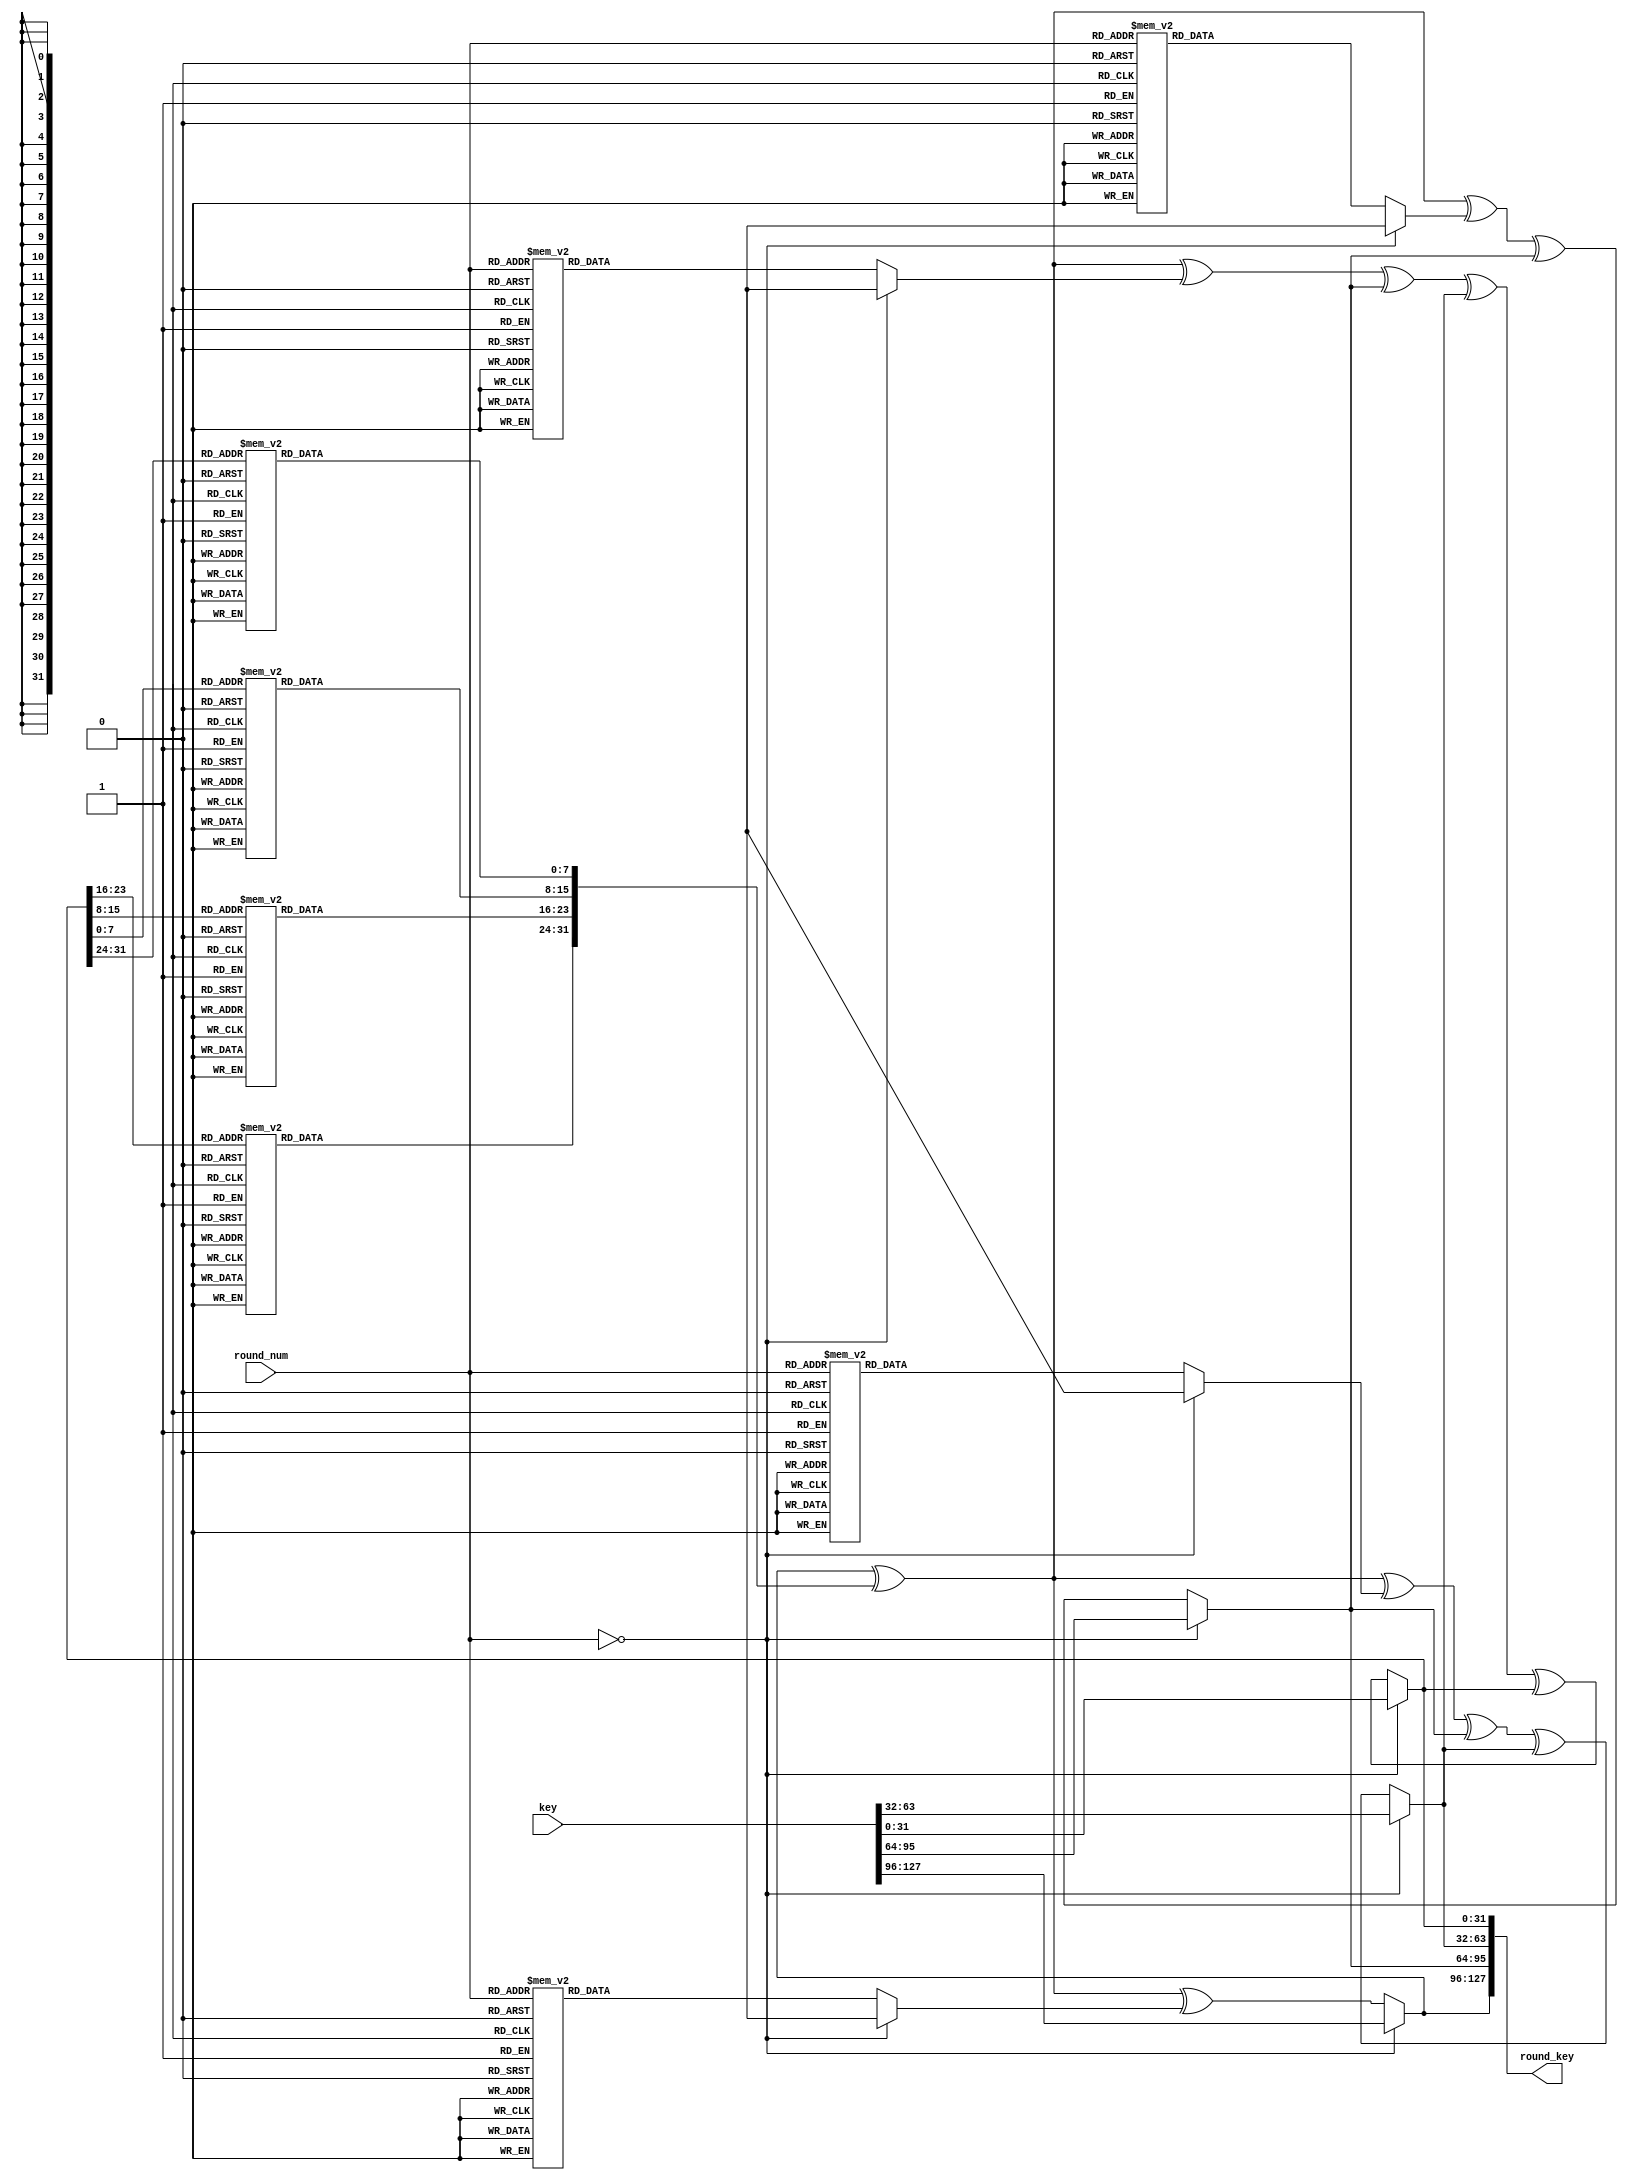
//  INFO.: Undergraduate ECE student, Alexandria university, Egypt.
//  AUTHOR'S EMAIL: majiidd17@icloud.com
//  TYPE: module.
//  KEYWORDS: Key Expansion, AES.
//  PURPOSE: An RTL modelling for a Key Expansion unit used in the AES logic implementation.

module KeyExpansion 
//-----------------Ports-----------------\\\\
(
    input  wire [3:0]   round_num,
    input  wire [0:127] key,

    output reg  [0:127] round_key
);

//-----------------Control signals-----------------\\\\
wire [0:31]  first_col;
wire [0:31]  second_col;
wire [0:31]  third_col;
wire [0:31]  fourth_col;
wire [0:31]  word;
reg  [0:7]   sbox [0:255];

//-----------------Rcon encoded states-----------------\\\\
localparam ROUND1  = 4'd1,
           ROUND2  = 4'd2,
           ROUND3  = 4'd3,
           ROUND4  = 4'd4,
           ROUND5  = 4'd5,
           ROUND6  = 4'd6,
           ROUND7  = 4'd7,
           ROUND8  = 4'd8,
           ROUND9  = 4'd9,
           ROUND10 = 4'd10;

//-----------------Next key logic-----------------\\\\
always @(round_num) 
begin
    if(round_num == 4'd0)
    begin
        round_key = key;
    end
    else 
    begin
        round_key[0:31]   = first_col ^ word ^ rcon(round_num);
        round_key[32:63]  = first_col ^ word ^ rcon(round_num) ^ second_col;
        round_key[64:95]  = first_col ^ word ^ rcon(round_num) ^ second_col ^ third_col;
        round_key[96:127] = first_col ^ word ^ rcon(round_num) ^ second_col ^ third_col ^ fourth_col;
    end
end

//-----------------setting the coloumns-----------------\\\\
assign first_col  = round_key[0:31];
assign second_col = round_key[32:63];
assign third_col  = round_key[64:95];
assign fourth_col = round_key[96:127];

//-----------------SubBytes and Shift operation on the last coloumn-----------------\\\\
assign word       = key_sbox(fourth_col);

//-----------------Function for the Rcon-----------------\\\\
function  [0:31] rcon;
    input [3:0] round_num;
    begin
    case (round_num)
        ROUND1  : rcon = 32'h01_00_00_00;
        ROUND2  : rcon = 32'h02_00_00_00;
        ROUND3  : rcon = 32'h04_00_00_00;
        ROUND4  : rcon = 32'h08_00_00_00;
        ROUND5  : rcon = 32'h10_00_00_00;
        ROUND6  : rcon = 32'h20_00_00_00;
        ROUND7  : rcon = 32'h40_00_00_00;
        ROUND8  : rcon = 32'h80_00_00_00;
        ROUND9  : rcon = 32'h1B_00_00_00;
        ROUND10 : rcon = 32'h36_00_00_00;
        default : rcon = 32'h00_00_00_00;
    endcase
    end
endfunction

//-----------------Function for the sbox-----------------\\\\
function  [0:31] key_sbox;
    input [0:31] fourth_col;
    begin
        sbox[8'h00] = 8'h63;
        sbox[8'h01] = 8'h7c;
        sbox[8'h02] = 8'h77;
        sbox[8'h03] = 8'h7b;
        sbox[8'h04] = 8'hf2;
        sbox[8'h05] = 8'h6b;
        sbox[8'h06] = 8'h6f;
        sbox[8'h07] = 8'hc5;
        sbox[8'h08] = 8'h30;
        sbox[8'h09] = 8'h01;
        sbox[8'h0a] = 8'h67;
        sbox[8'h0b] = 8'h2b;
        sbox[8'h0c] = 8'hfe;
        sbox[8'h0d] = 8'hd7;
        sbox[8'h0e] = 8'hab;
        sbox[8'h0f] = 8'h76;
        sbox[8'h10] = 8'hca;
        sbox[8'h11] = 8'h82;
        sbox[8'h12] = 8'hc9;
        sbox[8'h13] = 8'h7d;
        sbox[8'h14] = 8'hfa;
        sbox[8'h15] = 8'h59;
        sbox[8'h16] = 8'h47;
        sbox[8'h17] = 8'hf0;
        sbox[8'h18] = 8'had;
        sbox[8'h19] = 8'hd4;
        sbox[8'h1a] = 8'ha2;
        sbox[8'h1b] = 8'haf;
        sbox[8'h1c] = 8'h9c;
        sbox[8'h1d] = 8'ha4;
        sbox[8'h1e] = 8'h72;
        sbox[8'h1f] = 8'hc0;
        sbox[8'h20] = 8'hb7;
        sbox[8'h21] = 8'hfd;
        sbox[8'h22] = 8'h93;
        sbox[8'h23] = 8'h26;
        sbox[8'h24] = 8'h36;
        sbox[8'h25] = 8'h3f;
        sbox[8'h26] = 8'hf7;
        sbox[8'h27] = 8'hcc;
        sbox[8'h28] = 8'h34;
        sbox[8'h29] = 8'ha5;
        sbox[8'h2a] = 8'he5;
        sbox[8'h2b] = 8'hf1;
        sbox[8'h2c] = 8'h71;
        sbox[8'h2d] = 8'hd8;
        sbox[8'h2e] = 8'h31;
        sbox[8'h2f] = 8'h15;
        sbox[8'h30] = 8'h04;
        sbox[8'h31] = 8'hc7;
        sbox[8'h32] = 8'h23;
        sbox[8'h33] = 8'hc3;
        sbox[8'h34] = 8'h18;
        sbox[8'h35] = 8'h96;
        sbox[8'h36] = 8'h05;
        sbox[8'h37] = 8'h9a;
        sbox[8'h38] = 8'h07;
        sbox[8'h39] = 8'h12;
        sbox[8'h3a] = 8'h80;
        sbox[8'h3b] = 8'he2;
        sbox[8'h3c] = 8'heb;
        sbox[8'h3d] = 8'h27;
        sbox[8'h3e] = 8'hb2;
        sbox[8'h3f] = 8'h75;
        sbox[8'h40] = 8'h09;
        sbox[8'h41] = 8'h83;
        sbox[8'h42] = 8'h2c;
        sbox[8'h43] = 8'h1a;
        sbox[8'h44] = 8'h1b;
        sbox[8'h45] = 8'h6e;
        sbox[8'h46] = 8'h5a;
        sbox[8'h47] = 8'ha0;
        sbox[8'h48] = 8'h52;
        sbox[8'h49] = 8'h3b;
        sbox[8'h4a] = 8'hd6;
        sbox[8'h4b] = 8'hb3;
        sbox[8'h4c] = 8'h29;
        sbox[8'h4d] = 8'he3;
        sbox[8'h4e] = 8'h2f;
        sbox[8'h4f] = 8'h84;
        sbox[8'h50] = 8'h53;
        sbox[8'h51] = 8'hd1;
        sbox[8'h52] = 8'h00;
        sbox[8'h53] = 8'hed;
        sbox[8'h54] = 8'h20;
        sbox[8'h55] = 8'hfc;
        sbox[8'h56] = 8'hb1;
        sbox[8'h57] = 8'h5b;
        sbox[8'h58] = 8'h6a;
        sbox[8'h59] = 8'hcb;
        sbox[8'h5a] = 8'hbe;
        sbox[8'h5b] = 8'h39;
        sbox[8'h5c] = 8'h4a;
        sbox[8'h5d] = 8'h4c;
        sbox[8'h5e] = 8'h58;
        sbox[8'h5f] = 8'hcf;
        sbox[8'h60] = 8'hd0;
        sbox[8'h61] = 8'hef;
        sbox[8'h62] = 8'haa;
        sbox[8'h63] = 8'hfb;
        sbox[8'h64] = 8'h43;
        sbox[8'h65] = 8'h4d;
        sbox[8'h66] = 8'h33;
        sbox[8'h67] = 8'h85;
        sbox[8'h68] = 8'h45;
        sbox[8'h69] = 8'hf9;
        sbox[8'h6a] = 8'h02;
        sbox[8'h6b] = 8'h7f;
        sbox[8'h6c] = 8'h50;
        sbox[8'h6d] = 8'h3c;
        sbox[8'h6e] = 8'h9f;
        sbox[8'h6f] = 8'ha8;
        sbox[8'h70] = 8'h51;
        sbox[8'h71] = 8'ha3;
        sbox[8'h72] = 8'h40;
        sbox[8'h73] = 8'h8f;
        sbox[8'h74] = 8'h92;
        sbox[8'h75] = 8'h9d;
        sbox[8'h76] = 8'h38;
        sbox[8'h77] = 8'hf5;
        sbox[8'h78] = 8'hbc;
        sbox[8'h79] = 8'hb6;
        sbox[8'h7a] = 8'hda;
        sbox[8'h7b] = 8'h21;
        sbox[8'h7c] = 8'h10;
        sbox[8'h7d] = 8'hff;
        sbox[8'h7e] = 8'hf3;
        sbox[8'h7f] = 8'hd2;
        sbox[8'h80] = 8'hcd;
        sbox[8'h81] = 8'h0c;
        sbox[8'h82] = 8'h13;
        sbox[8'h83] = 8'hec;
        sbox[8'h84] = 8'h5f;
        sbox[8'h85] = 8'h97;
        sbox[8'h86] = 8'h44;
        sbox[8'h87] = 8'h17;
        sbox[8'h88] = 8'hc4;
        sbox[8'h89] = 8'ha7;
        sbox[8'h8a] = 8'h7e;
        sbox[8'h8b] = 8'h3d;
        sbox[8'h8c] = 8'h64;
        sbox[8'h8d] = 8'h5d;
        sbox[8'h8e] = 8'h19;
        sbox[8'h8f] = 8'h73;
        sbox[8'h90] = 8'h60;
        sbox[8'h91] = 8'h81;
        sbox[8'h92] = 8'h4f;
        sbox[8'h93] = 8'hdc;
        sbox[8'h94] = 8'h22;
        sbox[8'h95] = 8'h2a;
        sbox[8'h96] = 8'h90;
        sbox[8'h97] = 8'h88;
        sbox[8'h98] = 8'h46;
        sbox[8'h99] = 8'hee;
        sbox[8'h9a] = 8'hb8;
        sbox[8'h9b] = 8'h14;
        sbox[8'h9c] = 8'hde;
        sbox[8'h9d] = 8'h5e;
        sbox[8'h9e] = 8'h0b;
        sbox[8'h9f] = 8'hdb;
        sbox[8'ha0] = 8'he0;
        sbox[8'ha1] = 8'h32;
        sbox[8'ha2] = 8'h3a;
        sbox[8'ha3] = 8'h0a;
        sbox[8'ha4] = 8'h49;
        sbox[8'ha5] = 8'h06;
        sbox[8'ha6] = 8'h24;
        sbox[8'ha7] = 8'h5c;
        sbox[8'ha8] = 8'hc2;
        sbox[8'ha9] = 8'hd3;
        sbox[8'haa] = 8'hac;
        sbox[8'hab] = 8'h62;
        sbox[8'hac] = 8'h91;
        sbox[8'had] = 8'h95;
        sbox[8'hae] = 8'he4;
        sbox[8'haf] = 8'h79;
        sbox[8'hb0] = 8'he7;
        sbox[8'hb1] = 8'hc8;
        sbox[8'hb2] = 8'h37;
        sbox[8'hb3] = 8'h6d;
        sbox[8'hb4] = 8'h8d;
        sbox[8'hb5] = 8'hd5;
        sbox[8'hb6] = 8'h4e;
        sbox[8'hb7] = 8'ha9;
        sbox[8'hb8] = 8'h6c;
        sbox[8'hb9] = 8'h56;
        sbox[8'hba] = 8'hf4;
        sbox[8'hbb] = 8'hea;
        sbox[8'hbc] = 8'h65;
        sbox[8'hbd] = 8'h7a;
        sbox[8'hbe] = 8'hae;
        sbox[8'hbf] = 8'h08;
        sbox[8'hc0] = 8'hba;
        sbox[8'hc1] = 8'h78;
        sbox[8'hc2] = 8'h25;
        sbox[8'hc3] = 8'h2e;
        sbox[8'hc4] = 8'h1c;
        sbox[8'hc5] = 8'ha6;
        sbox[8'hc6] = 8'hb4;
        sbox[8'hc7] = 8'hc6;
        sbox[8'hc8] = 8'he8;
        sbox[8'hc9] = 8'hdd;
        sbox[8'hca] = 8'h74;
        sbox[8'hcb] = 8'h1f;
        sbox[8'hcc] = 8'h4b;
        sbox[8'hcd] = 8'hbd;
        sbox[8'hce] = 8'h8b;
        sbox[8'hcf] = 8'h8a;
        sbox[8'hd0] = 8'h70;
        sbox[8'hd1] = 8'h3e;
        sbox[8'hd2] = 8'hb5;
        sbox[8'hd3] = 8'h66;
        sbox[8'hd4] = 8'h48;
        sbox[8'hd5] = 8'h03;
        sbox[8'hd6] = 8'hf6;
        sbox[8'hd7] = 8'h0e;
        sbox[8'hd8] = 8'h61;
        sbox[8'hd9] = 8'h35;
        sbox[8'hda] = 8'h57;
        sbox[8'hdb] = 8'hb9;
        sbox[8'hdc] = 8'h86;
        sbox[8'hdd] = 8'hc1;
        sbox[8'hde] = 8'h1d;
        sbox[8'hdf] = 8'h9e;
        sbox[8'he0] = 8'he1;
        sbox[8'he1] = 8'hf8;
        sbox[8'he2] = 8'h98;
        sbox[8'he3] = 8'h11;
        sbox[8'he4] = 8'h69;
        sbox[8'he5] = 8'hd9;
        sbox[8'he6] = 8'h8e;
        sbox[8'he7] = 8'h94;
        sbox[8'he8] = 8'h9b;
        sbox[8'he9] = 8'h1e;
        sbox[8'hea] = 8'h87;
        sbox[8'heb] = 8'he9;
        sbox[8'hec] = 8'hce;
        sbox[8'hed] = 8'h55;
        sbox[8'hee] = 8'h28;
        sbox[8'hef] = 8'hdf;
        sbox[8'hf0] = 8'h8c;
        sbox[8'hf1] = 8'ha1;
        sbox[8'hf2] = 8'h89;
        sbox[8'hf3] = 8'h0d;
        sbox[8'hf4] = 8'hbf;
        sbox[8'hf5] = 8'he6;
        sbox[8'hf6] = 8'h42;
        sbox[8'hf7] = 8'h68;
        sbox[8'hf8] = 8'h41;
        sbox[8'hf9] = 8'h99;
        sbox[8'hfa] = 8'h2d;
        sbox[8'hfb] = 8'h0f;
        sbox[8'hfc] = 8'hb0;
        sbox[8'hfd] = 8'h54;
        sbox[8'hfe] = 8'hbb;
        sbox[8'hff] = 8'h16;

        key_sbox[0:7]   = sbox[fourth_col[8:15]];
        key_sbox[8:15]  = sbox[fourth_col[16:23]];
        key_sbox[16:23] = sbox[fourth_col[24:31]];
        key_sbox[24:31] = sbox[fourth_col[0:7]];

    end 
endfunction

endmodule